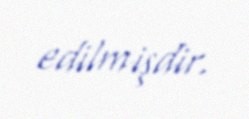
edilmişdir.